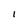
Character: 1